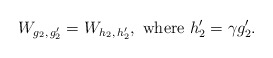
\begin{align*} W_{g_2, \, g_2'} = W_{h_2, \, h_2'}, \textrm{ where } h_2' = \gamma g_2'. \end{align*}